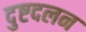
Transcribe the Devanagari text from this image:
दुष्टदलन